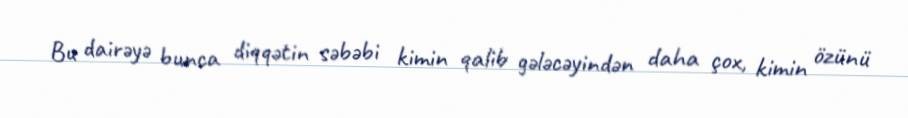
Bu dairəyə bunca diqqətin səbəbi kimin qalib gələcəyindən daha çox, kimin özünü